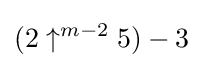
(2\uparrow ^{m-2}5)-3